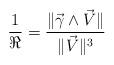
LaTeX: \begin{align*} \frac{1}{\Re} = \frac{ \| \displaystyle \vec{\gamma} \wedge \vec{V} \|}{\| \vec{V} \|^3}\end{align*}